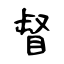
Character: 督